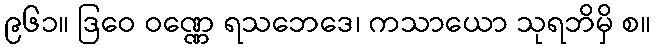
၉၆၁။ ဒြဝေ ဝဏ္ဏေ ရသဘေဒေ၊ ကသာယော သုရဘိမှိ စ။